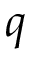
q